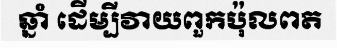
ឆ្នាំ ដើម្បីវាយពួកប៉ុលពត